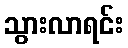
သွားလာရင်း